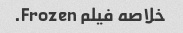
خلاصه فیلم Frozen.